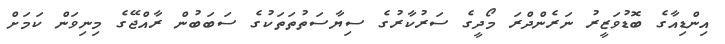
އިންޑިއާގެ ބޮޑުވަޒީރު ނަރެންދްރަ މޯދީގެ ސަރުކާރުގެ ސިޔާސަތުތަތަކުގެ ސަބަބުން ރާއްޖޭގެ މިނިވަން ކަމަށް